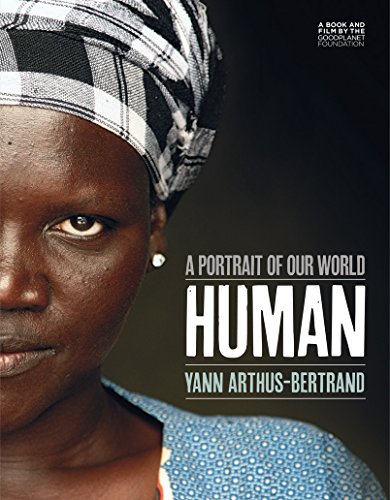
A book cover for Human: A Portrait of Our World; Yann Arthus-Bertrand; Arts & Photography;